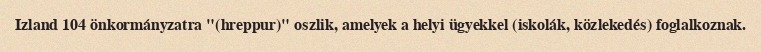
Izland 104 önkormányzatra "(hreppur)" oszlik, amelyek a helyi ügyekkel (iskolák, közlekedés) foglalkoznak.